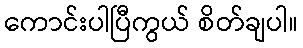
ကောင်းပါပြီကွယ် စိတ်ချပါ။